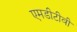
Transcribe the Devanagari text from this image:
एमडीटीवी